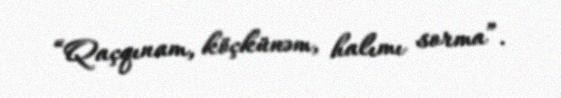
“Qaçqınam, köçkünəm, halımı sorma”.